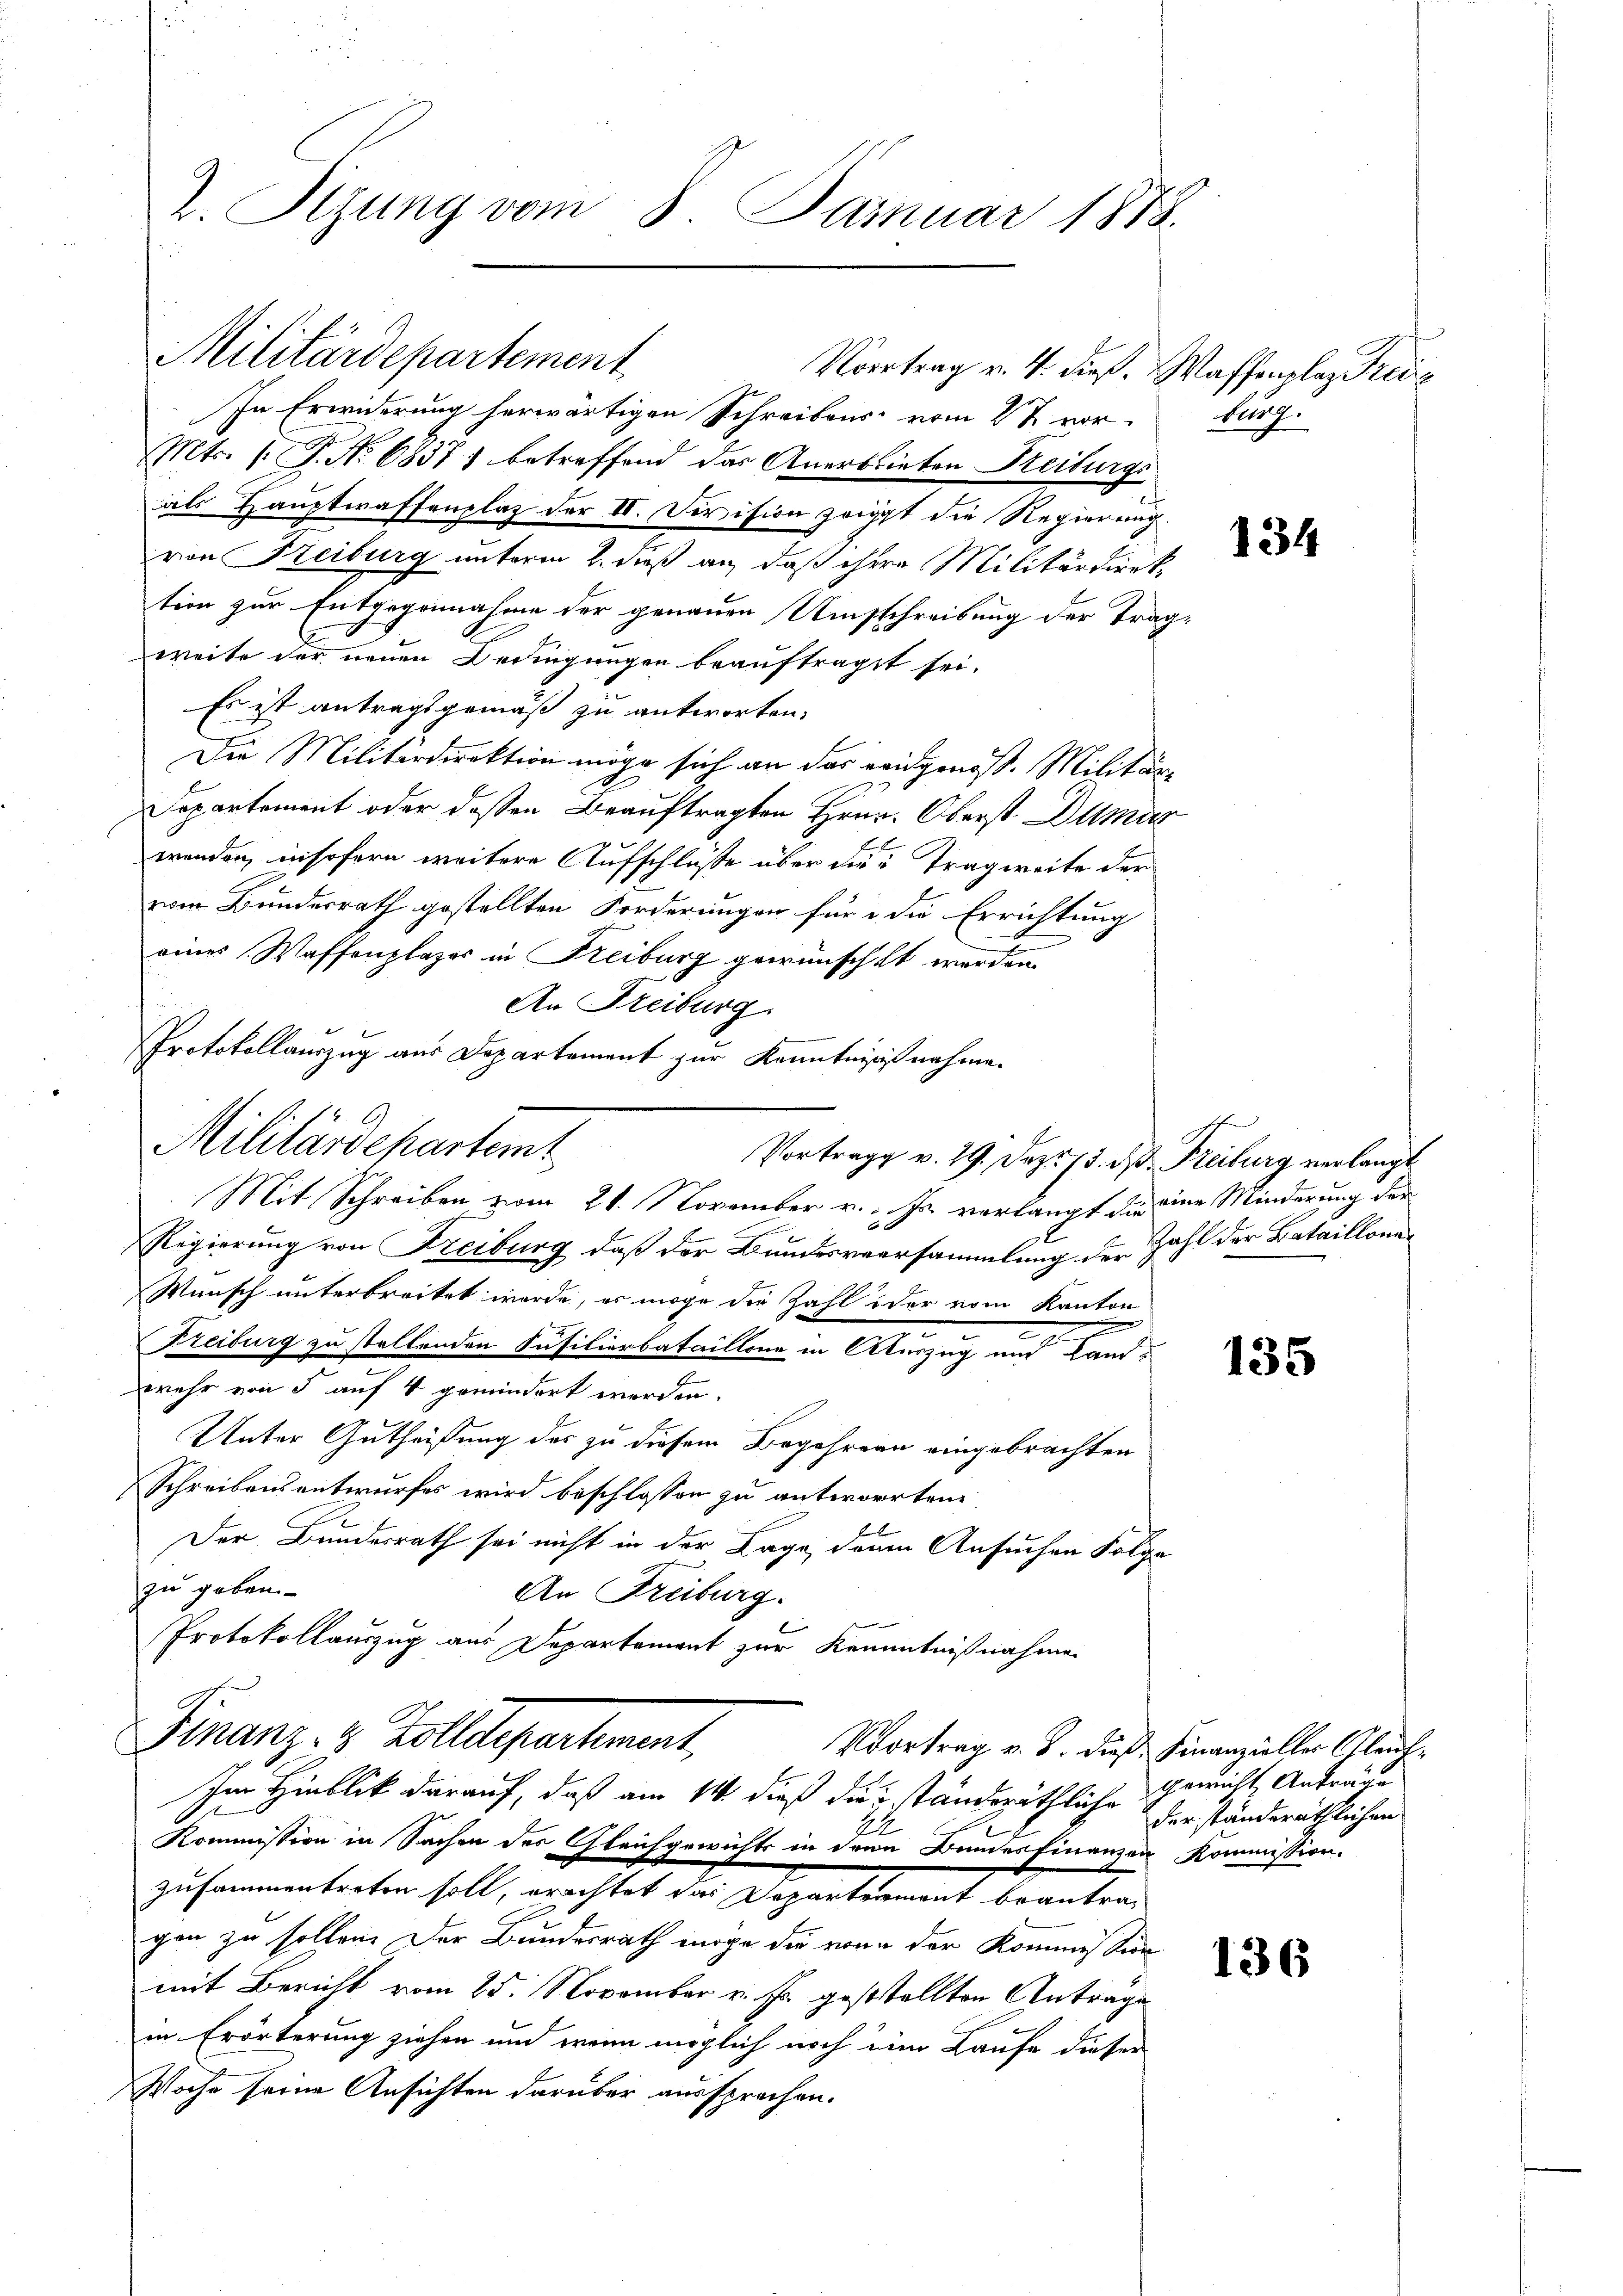
In Erwiderung herwärtigen Schreibens vom 2t vor-
Mts. (: P. No 68371 betreffend das Anerblieben Freiburgs
als Hauptwaffenplaz der IV. Division zeigt die Regierung
von Reiburg unterm 2. daß an, daß ihre Militärdirektion zur Entgegennahme der genauen Umschreibung der Trag
weite der neuen Bedingungen beauftraget sei.
Es ist antragsgemäß zu antworten.
Die Militärdirektion möge sich an das eidgenoß. Militär¬
Separtement oder dessen Beauftragten Hrn. Oberst Dumin
wenden, insofern weitere Aufschlüße über die Tragweite der
vom Bundesrath gestellten Forderungen für die Errichtung
u
eines Waffenplazer in Freiburg gewünscht werden.
An Freiburg.
Protokollauszug aus Departement zur Kenntnisnahme.
Militärdepartemt
Vortrag v. 29. Dez. 15. d. Freiburg verlangt
Mit Schreiben vom 21. November v. Js. verlangt die eine Minderung der
Regierung von Freiburg, daß der Bundesversammlung der Zahl der Bataillone
Wunsch unterbreitet werde, er möge die Zahl oder vom Kanton
Freiburg zu stellenden Insilierbataillone in Auszug und Landwehr von 5 auf 4 gemindert werden.
Unter Gutheißung des zu diesem Begehren eingebrachten
Schreibensentwurfes wird beschlossen zu antworten
Der Bundesrath sei nicht in der Lage, dann Ansuchen Folge
zu geben.
An Freiburg.
Protokollauszug aus Departement zur Kenntnißnahme
Finanz- & Zolldepartement,
Vvortrag v. 8. dieß. Finanzieller Glaub¬

2. Stzung vom 8. Januar 1888.

Militärdepartement

Vortrag v. 4. dieß.

Im Hinblik darauf, daß am 14. dieß die ständeräthliche Gewicht Antra¬
11 4

Kommission in Sachen der Gleichgewichts in dem Bundes Finanzen Kommission.
zusammentreten soll, erachtet das Departement beantragen zu sollen. Der Bundesrath möge die von der Kommission
mit Bericht vom 25. November v. Js. geststellten Antrage
in Erörterung ziehen und wenn möglich noch ein Laufe dieser
Woche seine Ansichten darüber aussprechen.

Waffenplaz Preise
burg.

1

134

135

der ständeräthlichen

136